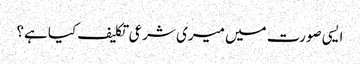
ایسی صورت میں میری شرعی تکلیف کیا ہے؟